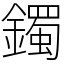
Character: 鐲